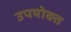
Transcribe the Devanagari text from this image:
उपयोक्त